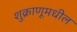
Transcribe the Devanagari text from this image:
शुक्राणूमधील